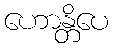
ဟောန္တိပေ